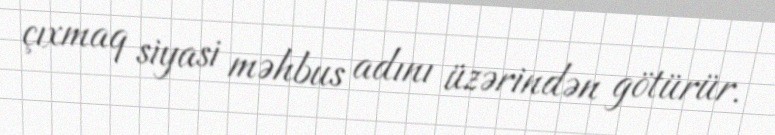
çıxmaq siyasi məhbus adını üzərindən götürür.